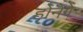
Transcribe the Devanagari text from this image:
होनेगे